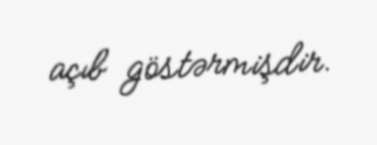
açıb göstərmişdir.